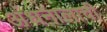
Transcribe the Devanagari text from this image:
अंधनालाची